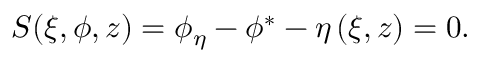
S ( \xi , \phi , z ) = \phi _ { \eta } - \phi ^ { * } - \eta \left( \xi , z \right) = 0 .